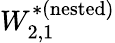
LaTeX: W_{2,1}^{*(\mathrm{nested})}